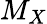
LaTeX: M_{X}